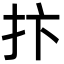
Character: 抃